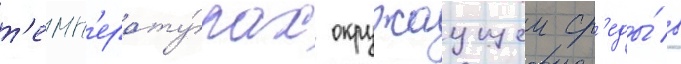
т'емп'ерату́рах окружаущеи ср'еды́ в